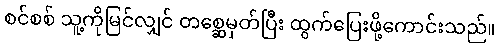
စင်စစ် သူ့ကိုမြင်လျှင် တစ္ဆေမှတ်ပြီး ထွက်ပြေးဖို့ကောင်းသည်။